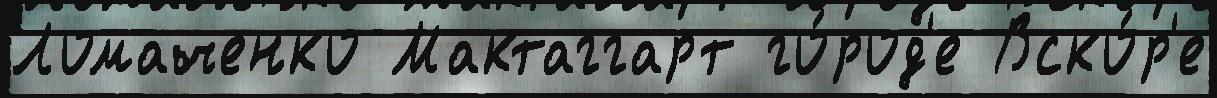
Ломаченко Мактаггарт го́род'е Вско́р'е